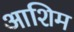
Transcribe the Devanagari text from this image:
आशिम